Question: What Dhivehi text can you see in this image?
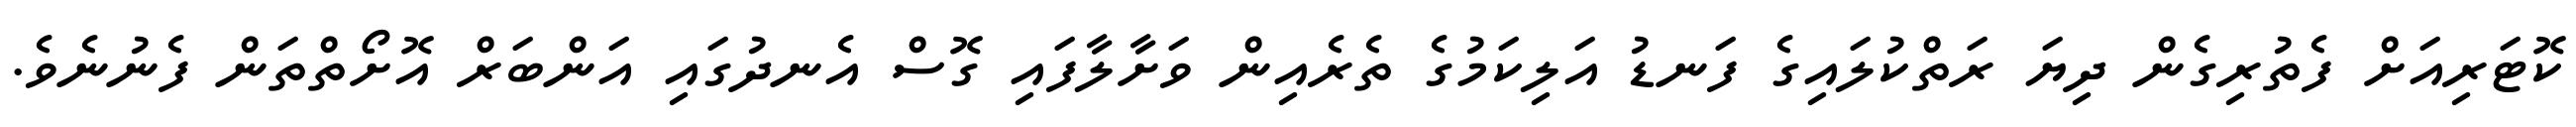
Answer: ކޮޓަރިއަށް ފެތުރިގެން ދިޔަ ރަތްކުލައިގެ ފަނޑު އަލިކަމުގެ ތެރެއިން ވަށާލާފައި ގޮސް އެނދުގައި އަންބަރް އޮށޯތްތަން ފެނުނެވެ.